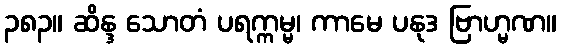
၃၈၃။ ဆိန္ဒ သောတံ ပရက္ကမ္မ၊ ကာမေ ပနုဒ ဗြာဟ္မဏ။